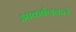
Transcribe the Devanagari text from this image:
आकर्षणवाले